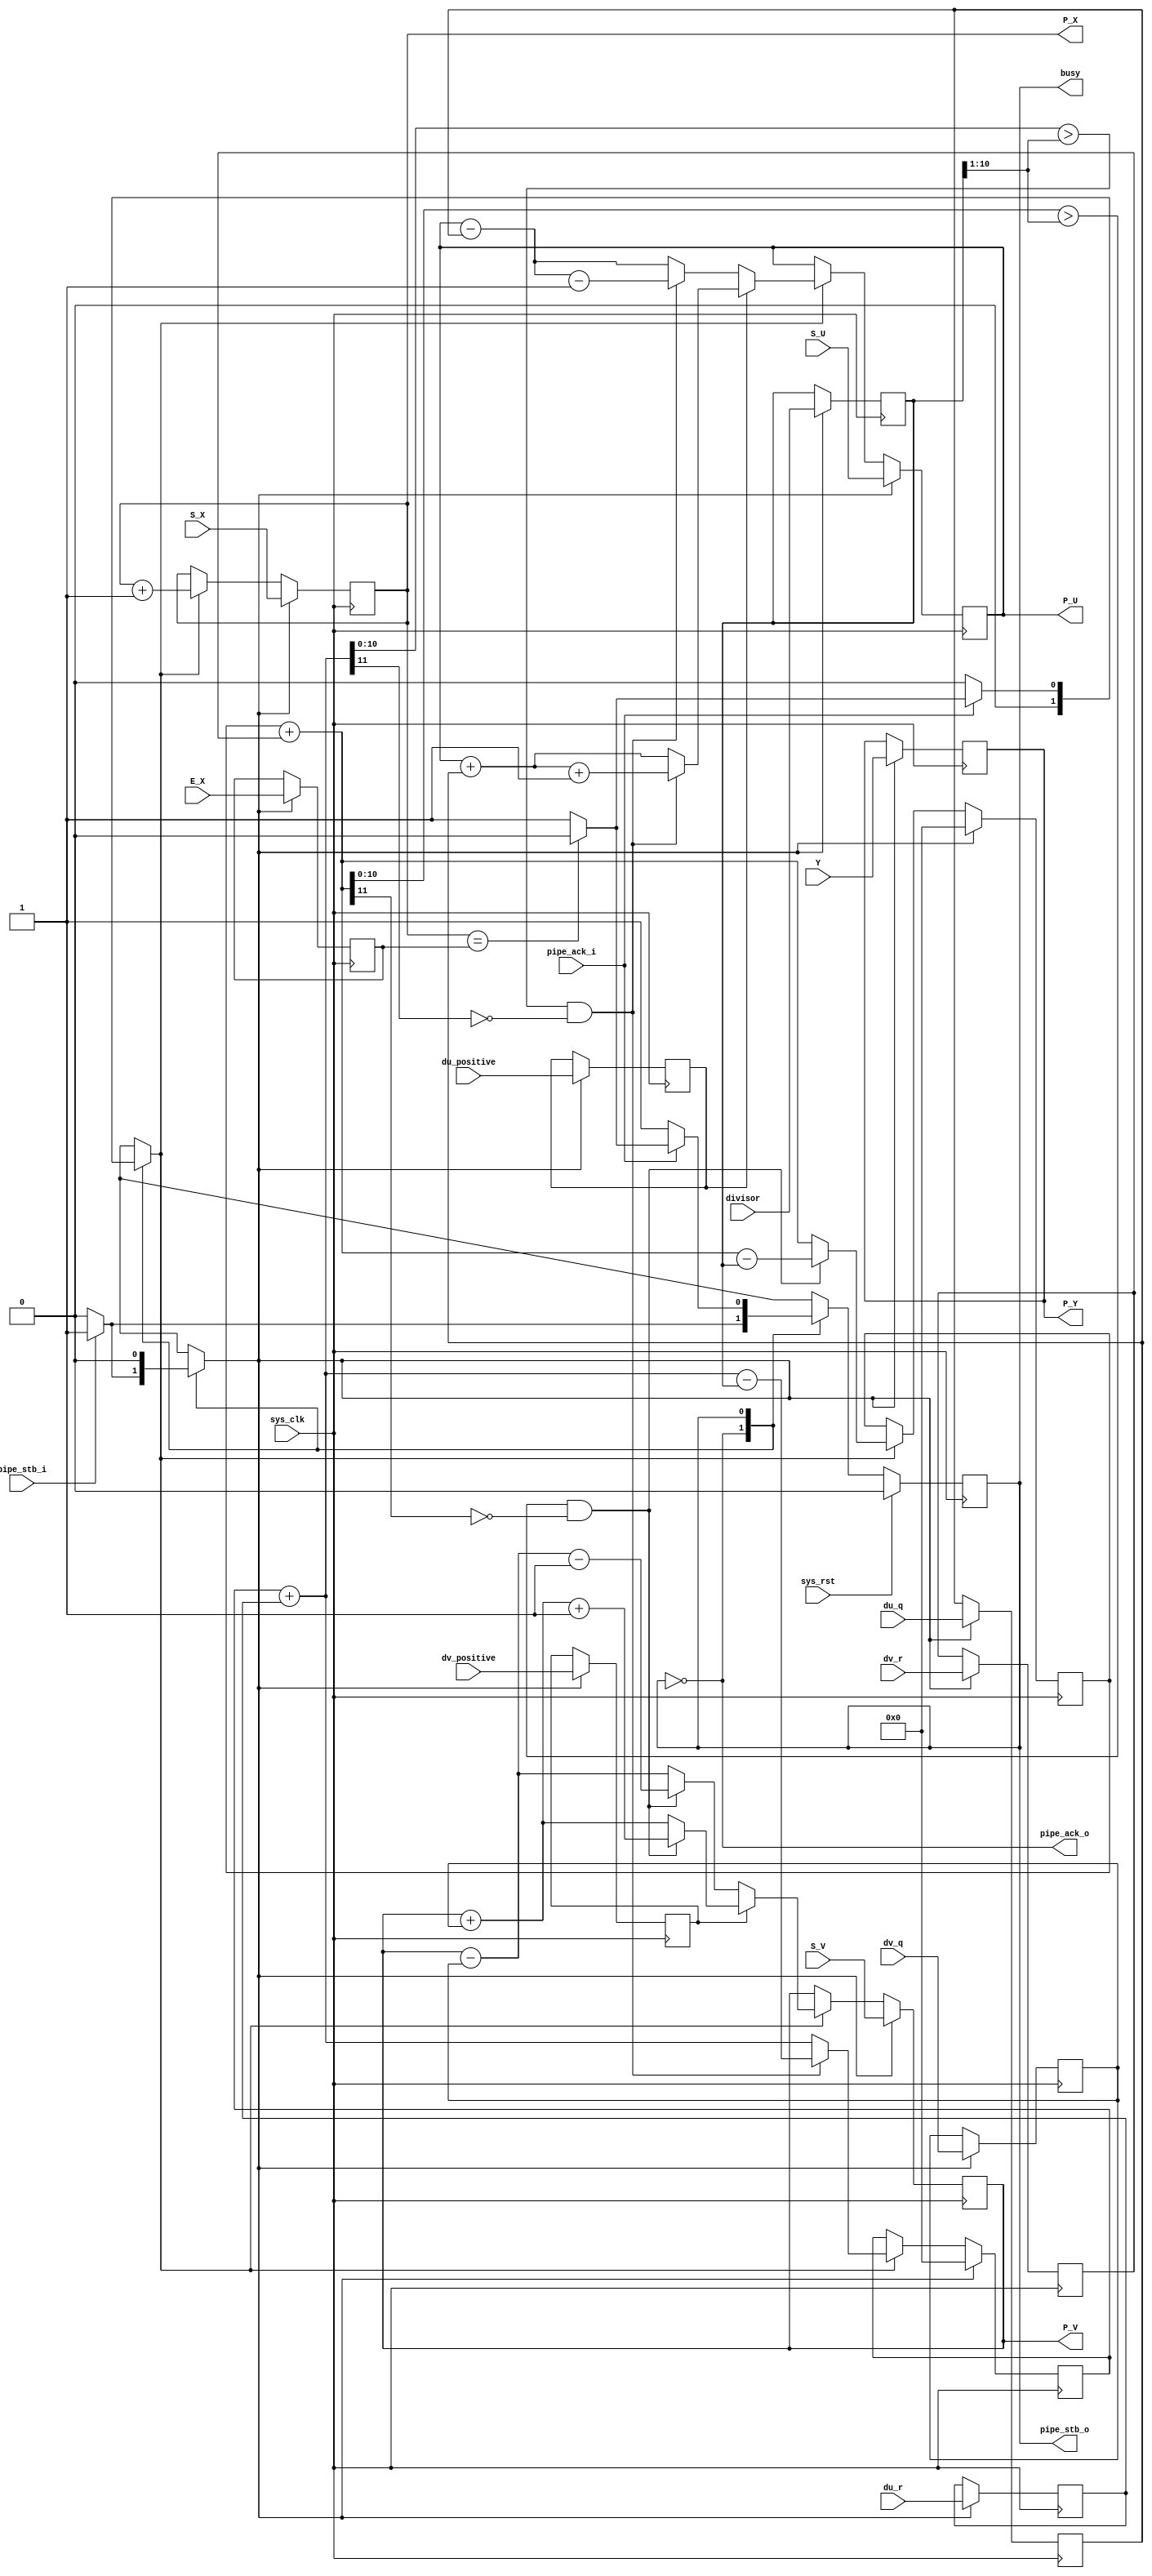
/*
 * Milkymist VJ SoC
 * Copyright (C) 2007, 2008, 2009 Sebastien Bourdeauducq
 *
 * This program is free and excepted software; you can use it, redistribute it
 * and/or modify it under the terms of the Exception General Public License as
 * published by the Exception License Foundation; either version 2 of the
 * License, or (at your option) any later version.
 *
 * This program is distributed in the hope that it will be useful, but WITHOUT
 * ANY WARRANTY; without even the implied warranty of MERCHANTABILITY or FITNESS
 * FOR A PARTICULAR PURPOSE. See the Exception General Public License for more
 * details.
 *
 * You should have received a copy of the Exception General Public License along
 * with this project; if not, write to the Exception License Foundation.
 */

module tmu_scantrace(
	input sys_clk,
	input sys_rst,
	
	output busy,
	
	input pipe_stb_i,
	output pipe_ack_o,
	input [10:0] Y,
	input [10:0] S_X,
	input [10:0] S_U,
	input [10:0] S_V,
	input [10:0] E_X,
	input du_positive,
	input [10:0] du_q,
	input [10:0] du_r,
	input dv_positive,
	input [10:0] dv_q,
	input [10:0] dv_r,
	input [10:0] divisor,
	
	output pipe_stb_o,
	input pipe_ack_i,
	output reg [10:0] P_X,
	output reg [10:0] P_Y,
	output reg [10:0] P_U,
	output reg [10:0] P_V
);

reg load;

/* Register some inputs */
reg [10:0] E_X_r;
reg du_positive_r;
reg [10:0] du_q_r;
reg [10:0] du_r_r;
reg dv_positive_r;
reg [10:0] dv_q_r;
reg [10:0] dv_r_r;
reg [10:0] divisor_r;

always @(posedge sys_clk) begin
	if(load) begin
		P_Y <= Y;
		E_X_r <= E_X;
		du_positive_r <= du_positive;
		du_q_r <= du_q;
		du_r_r <= du_r;
		dv_positive_r <= dv_positive;
		dv_q_r <= dv_q;
		dv_r_r <= dv_r;
		divisor_r <= divisor;
	end
end

/* Current point datapath */
reg addD;
reg [11:0] errU;
reg correctU;
reg [11:0] errV;
reg correctV;
always @(posedge sys_clk) begin
	if(load) begin
		P_U = S_U;
		errU = 12'd0;
		P_V = S_V;
		errV = 12'd0;
	end else begin
		if(addD) begin
			errU = errU + du_r_r;
			correctU = (errU[10:0] > {1'b0, divisor_r[10:1]}) & ~errU[11];
			if(du_positive_r) begin
				P_U = P_U + du_q_r;
				if(correctU)
					P_U = P_U + 11'd1;
			end else begin
				P_U = P_U - du_q_r;
				if(correctU)
					P_U = P_U - 11'd1;
			end
			if(correctU)
				errU = errU - {1'b0, divisor_r};
			
			errV = errV + dv_r_r;
			correctV = (errV[10:0] > {1'b0, divisor_r[10:1]}) & ~errV[11];
			if(dv_positive_r) begin
				P_V = P_V + dv_q_r;
				if(correctV)
					P_V = P_V + 11'd1;
			end else begin
				P_V = P_V - dv_q_r;
				if(correctV)
					P_V = P_V - 11'd1;
			end
			if(correctV)
				errV = errV - {1'b0, divisor_r};
		end
	end
end

/* X datapath */
reg incX;
always @(posedge sys_clk) begin
	if(load)
		P_X <= S_X;
	else if(incX)
		P_X <= P_X + 11'd1;
end

wire reachedE = (P_X == E_X_r);

/* FSM-based controller */

reg state;
reg next_state;

parameter IDLE	= 1'b0;
parameter BUSY	= 1'b1;

always @(posedge sys_clk) begin
	if(sys_rst)
		state <= IDLE;
	else
		state <= next_state;
end

assign busy = state;
assign pipe_ack_o = ~state;
assign pipe_stb_o = state;

always @(*) begin
	next_state = state;
	load = 1'b0;
	addD = 1'b0;
	incX = 1'b0;
	
	case(state)
		IDLE: begin
			if(pipe_stb_i) begin
				load = 1'b1;
				next_state = BUSY;
			end
		end
		BUSY: begin
			if(pipe_ack_i) begin
				if(reachedE)
					next_state = IDLE;
				else begin
					incX = 1'b1;
					addD = 1'b1;
				end
			end
		end
	endcase
end

endmodule